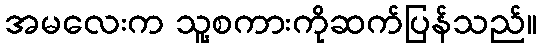
အမလေးက သူ့စကားကိုဆက်ပြန်သည်။